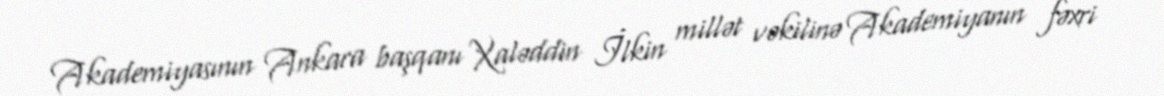
Akademiyasının Ankara başqanı Xaləddin İlkin millət vəkilinə Akademiyanın fəxri